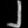
Digit: ၂